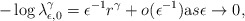
\begin{align*}- \log \lambda_{\epsilon,0}^{\gamma} = \epsilon^{-1} r^{\gamma} + o(\epsilon^{-1}) {\text as} \epsilon \rightarrow 0,\end{align*}